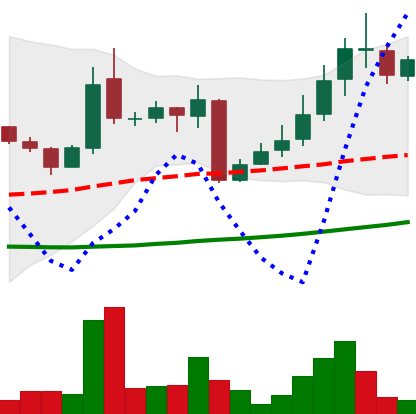
Ticker: LINK-USD
Chart end date: 2018-10-20
Forward return: 18.065%
Label: up_7plus